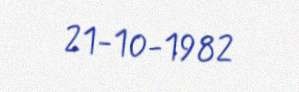
21-10-1982